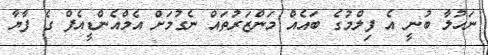
ނަހުލާ ބުނީ އެ ފިލްމުގެ ބައެއް މަންޒަރުތައް ނެގުމަށް އެމްއެންޑީއެފް ގެ ފާޔާ